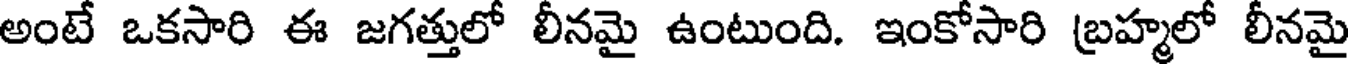
అంటే ఒకసారి ఈ జగత్తులో లీనమై ఉంటుంది. ఇంకోసారి బ్రహ్మలో లీనమై